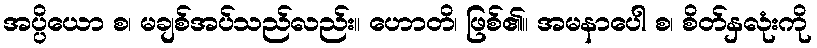
အပ္ပိယော စ၊ မချစ်အပ်သည်လည်း။ ဟောတိ၊ ဖြစ်၏။ အမနာပေါ စ၊ စိတ်နှလုံးကို